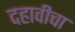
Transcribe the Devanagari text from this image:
दहावीचा